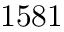
1 5 8 1